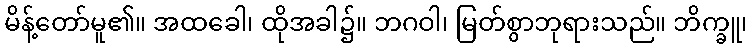
မိန့်တော်မူ၏။ အထခေါ၊ ထိုအခါ၌။ ဘဂဝါ၊ မြတ်စွာဘုရားသည်။ ဘိက္ခူ၊